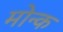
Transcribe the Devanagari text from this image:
मोन्क